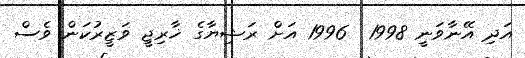
އަދި އޭނާވަނީ 1998  1996 އަށް ރަޝިޔާގެ ޚާރިޖީ ވަޒީރުކަން ވެސް